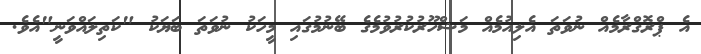
އެ ޕްރޮގްރާމެއް ނުވަތަ އެލިއުމެއް މަޝްހޫރުކުރުވުމެގެ ބޭނުމުގައި މީހަކު ނުވަތަަ ބަޔަކު "ކަތިލައްވަނީ"އެވެ.